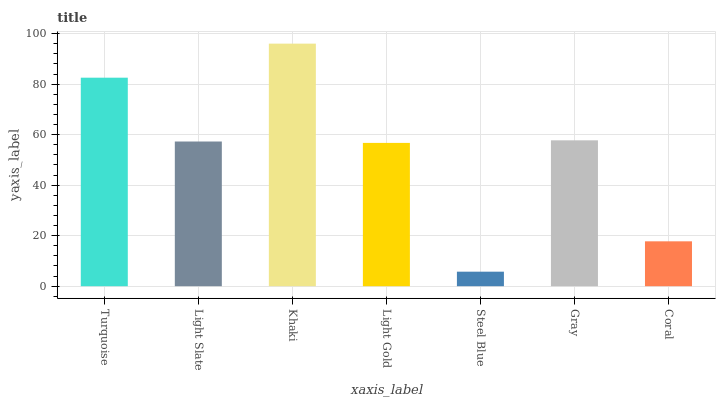
| xaxis_label | bars |
 | --- | --- |
 | Turquoise | 82.6 |
 | Light Slate | 57.3 |
 | Khaki | 96 |
 | Light Gold | 56.7 |
 | Steel Blue | 5.75 |
 | Gray | 57.8 |
 | Coral | 17.8 |